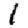
Digit: 1